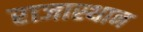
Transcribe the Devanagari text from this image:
राजास्थान